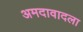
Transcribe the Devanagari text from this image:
अमदावादला